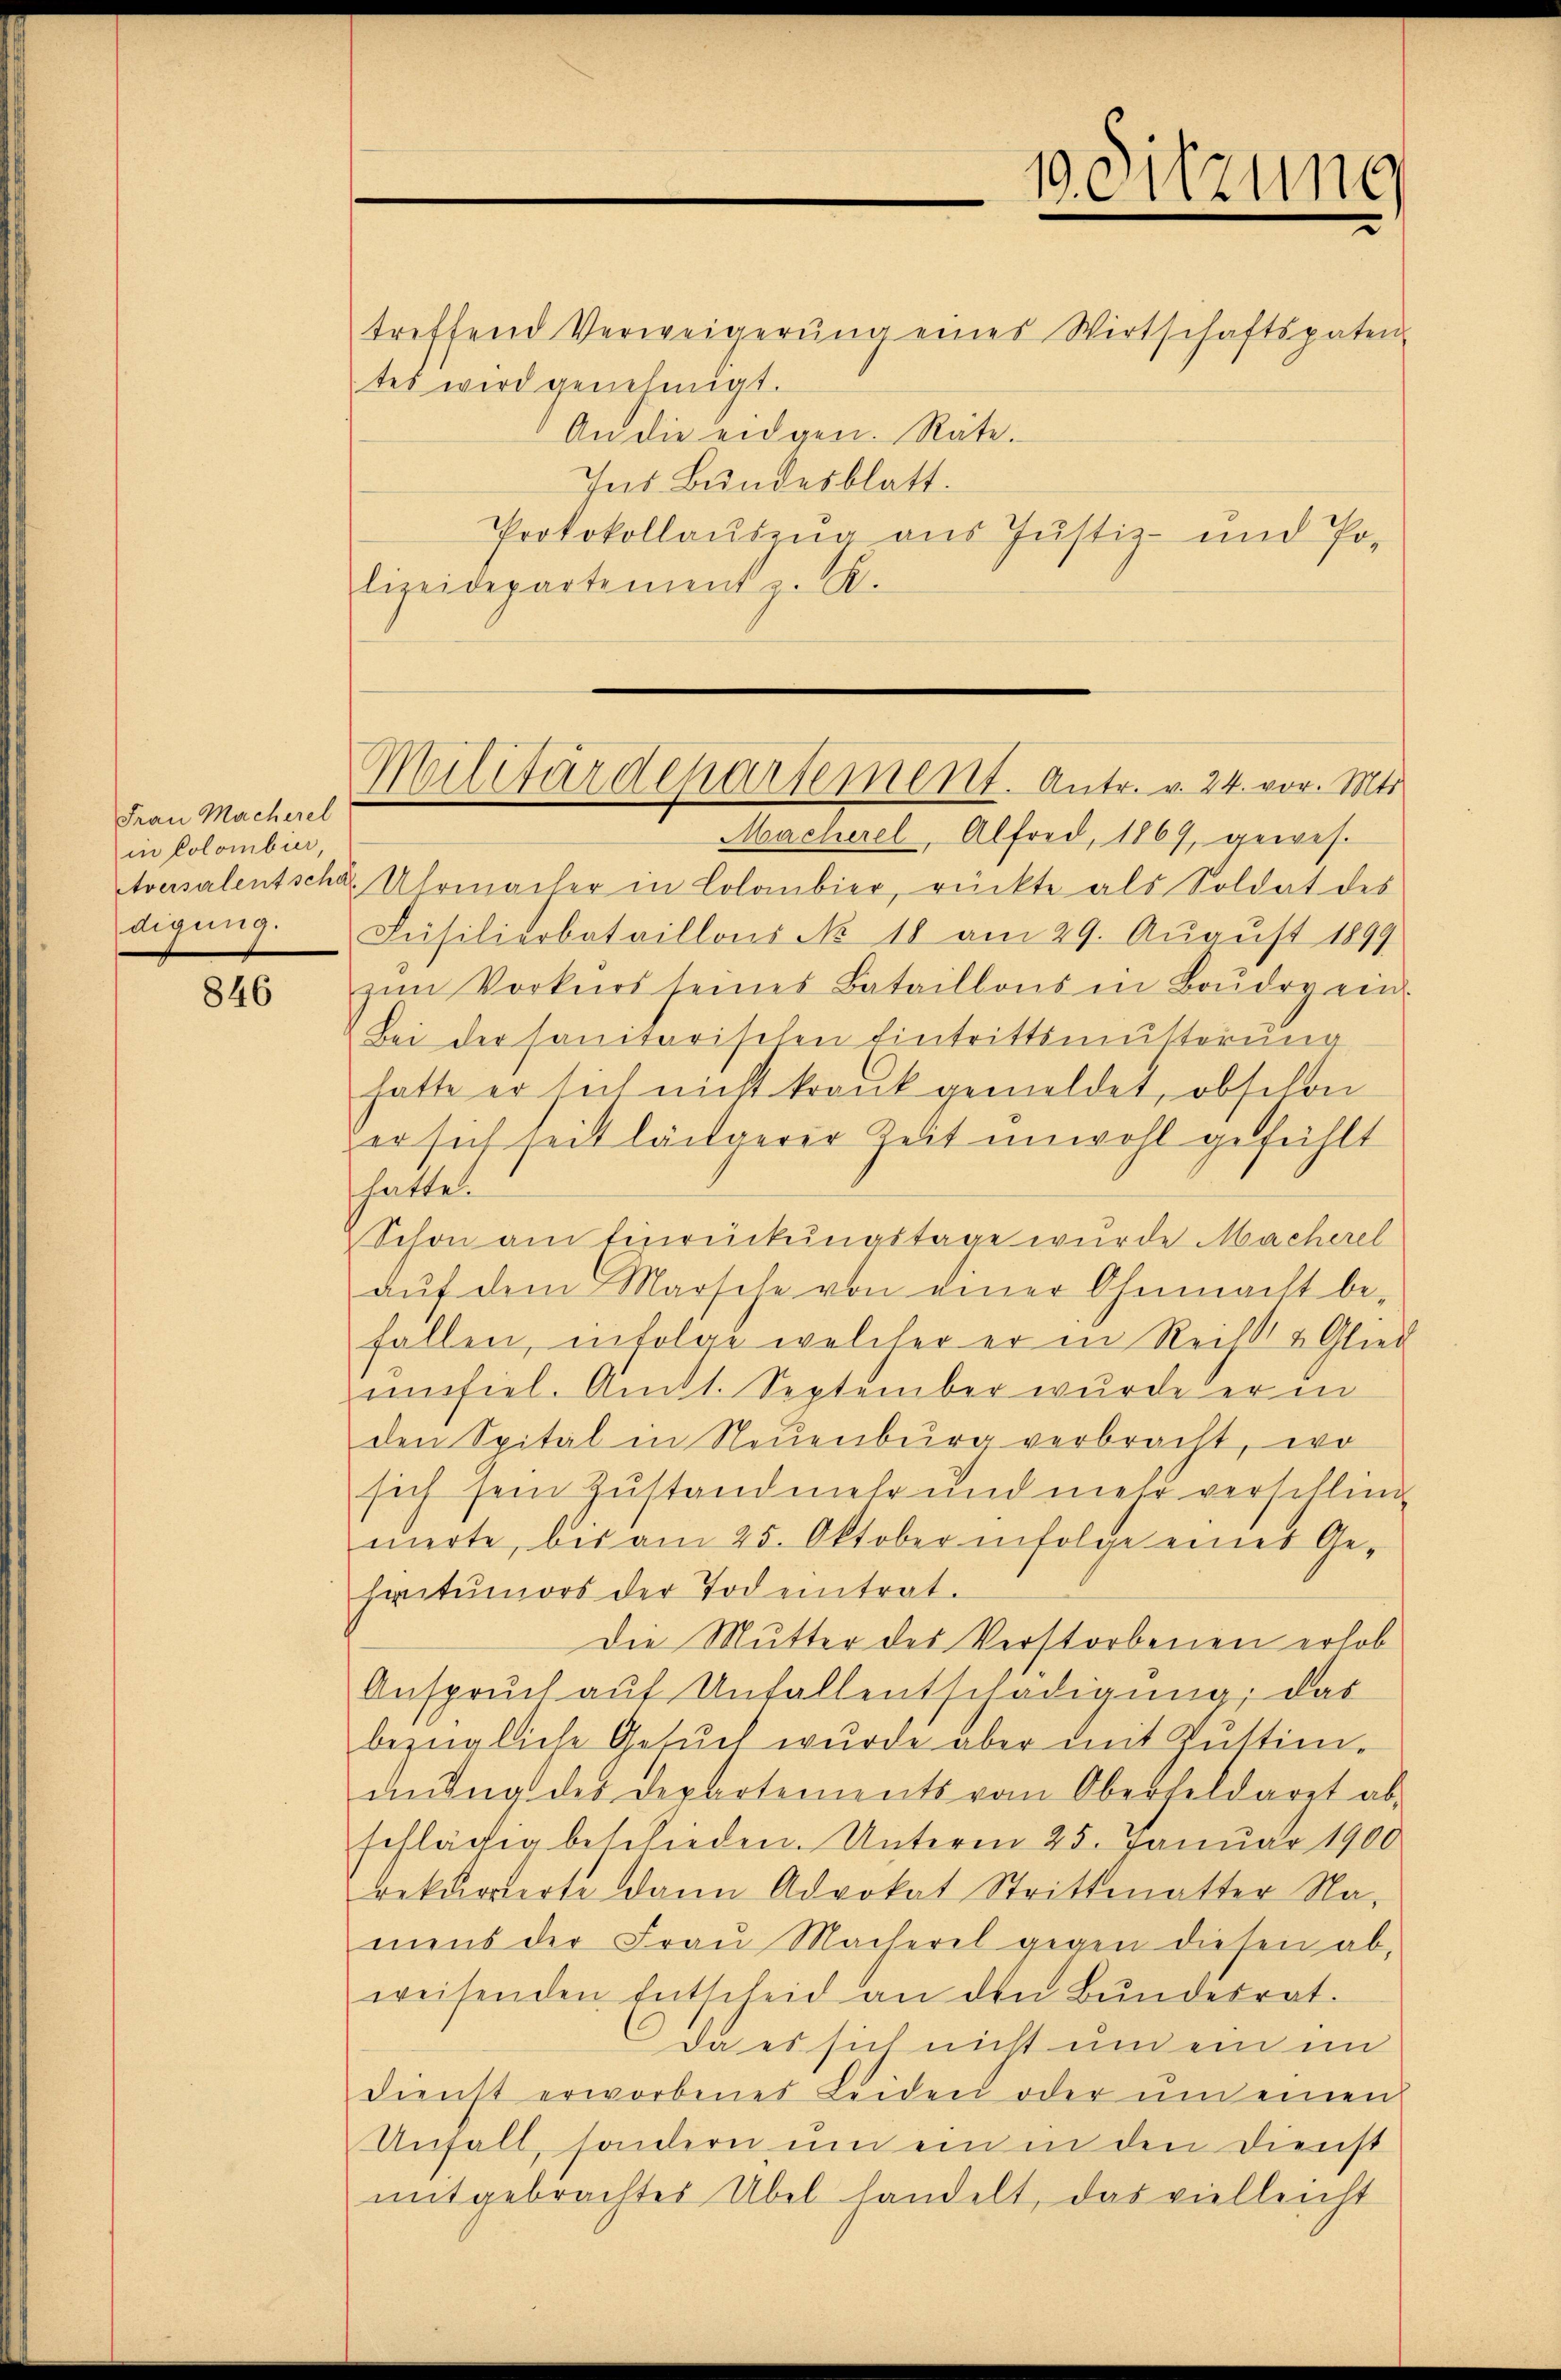
Frau Macherel
in Colombier,
digung.

846

treffend Verweigerŭng eines Wirtschaftspaten
tes wird genehmigt.
An die eidgen. Räte.
Ins Bundesblatt.
Protokollauszug aus Justiz- und Po-
lizeidepartement z. R.

Militärdepartement. Antr. v. 24. vor. Mts.

Macherel, Alfred, 1869, gewes.
tversalentschaf Uhrmacher in Colombier, rückte als Soldat des
Füsilierbataillons No. 18 am 29. August 1899
zŭm Vorkurs seines Bataillons in Boudry ein.
Bei der sanitarischen Eintrittsmutterung
hatte er sich nicht krank gemeldet, obschon
zer sich seit längerer Zeit unwohl gefühlt
hatten
Schon am Einrückungstage wurde Macherel
aŭf dem Marsche von einer Ohnmacht be-
fallen, infolge welcher er in Reits & Glied
umfiel. Amtl. September wurde er in
den Spital in Neuenburg verbracht, wo
sich sein Zustand mehr und mehr versellin
uierte, bis am 25. Oktober infolge eines Gehiritumors der Todentrat.
Die Mutter des Verstorbenen erhob
Anspruch auf Unfallentschädigung, das
bezügliche Gesŭch wurde aber mit Zŭstim-
antag des Departements vom Oberfeldaret abschlägig beschieden. Unteren 25. Januar 1900
rekurrierte dann Advokat Strittmatter Na-
mens der Fraŭ Macherel gegen diesen ab,
weisenden Entscheid an den Bŭndesrat.
Da es sich nicht und ein im
dienst erworbenes Leiden oder ŭm einen
Unfall, sondern um ein in den Dienst
mitgebrachtes Übel handelt, das vielleicht

0. Sitzung